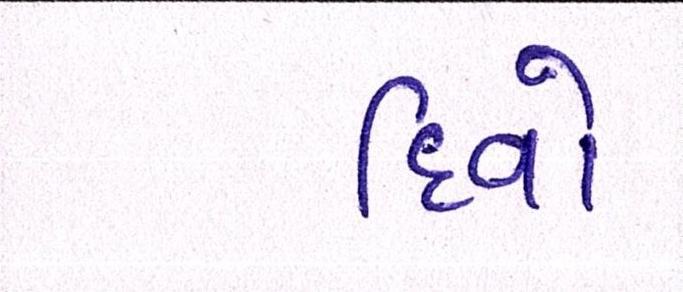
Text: દિવો